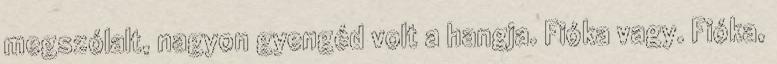
megszólalt, nagyon gyengéd volt a hangja. Fióka vagy. Fióka,